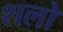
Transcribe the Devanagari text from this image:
शलो